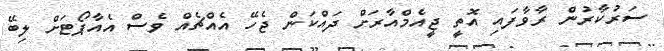
ސަރުކާރުން ރާވާފައި އޮތީ ޖީއެމްއާރަށް ދައްކަން ޖެހޭ އެއްޗެއް ވެސް އެއާޕޯޓަށް ލިބޭ